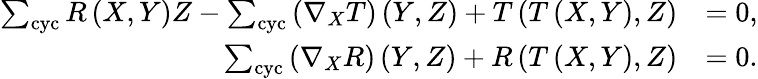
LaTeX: \begin{array}{rl}{\sum_{\mathrm{cyc}}R\left(X,Y\right)Z-\sum_{\mathrm{cyc}}\left(\nabla_{X}T\right)\left(Y,Z\right)+T\left(T\left(X,Y\right),Z\right)}&{=0,}\\ {\sum_{\mathrm{cyc}}\left(\nabla_{X}R\right)\left(Y,Z\right)+R\left(T\left(X,Y\right),Z\right)}&{=0.}\end{array}